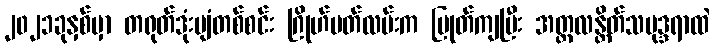
၂၀၂၁ခုနှစ်မှာ တရုတ်ဒုံးပျံတစ်စင်း ဂြိုဟ်ပတ်လမ်းက ပြုတ်ကျပြီး အတ္တလန္တိတ်သမုဒ္ဒရာထဲ